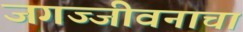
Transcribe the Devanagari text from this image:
जगज्जीवनाचा